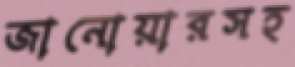
জানোয়ারসহ